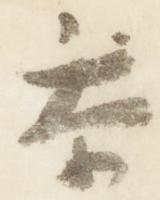
参